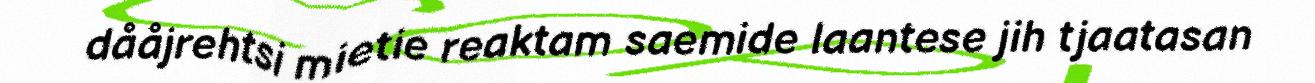
dååjrehtsi mietie reaktam saemide laantese jih tjaatasan